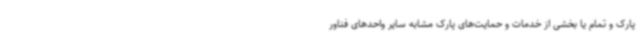
پارک و تمام یا بخشی از خدمات و حمایت‌های پارک مشابه سایر واحدهای فناور